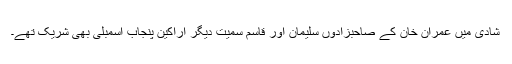
شادی میں عمران خان کے صاحبزادوں سلیمان اور قاسم سمیت دیگر اراکین پنجاب اسمبلی بھی شریک تھے۔